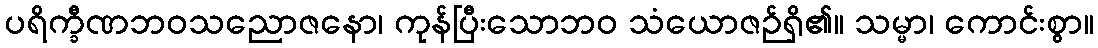
ပရိက္ခီဏဘဝသညောဇနော၊ ကုန်ပြီးသောဘဝ သံယောဇဉ်ရှိ၏။ သမ္မာ၊ ကောင်းစွာ။